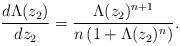
LaTeX: \begin{align*}\frac{d\Lambda(z_2)}{dz_2}=\frac{\Lambda(z_2)^{n+1}}{n\left(1+\Lambda(z_2)^n\right)}.\end{align*}